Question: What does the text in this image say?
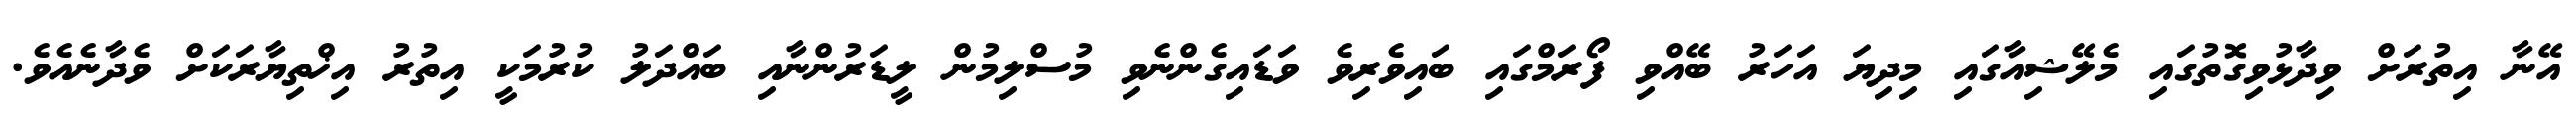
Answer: އޭނާ އިތުރަށް ވިދާޅުވިގޮތުގައި މެލޭޝިއާގައި މިދިޔަ އަހަރު ބޭއްވި ފޯރަމްގައި ބައިވެރިވެ ވަޑައިގެންނެވި މުސްލިމުން ލީޑަރުންނާއި ބައްދަލު ކުރުމަކީ އިތުރު އިޚްތިޔާރަކަށް ވެދާނެއެވެ.